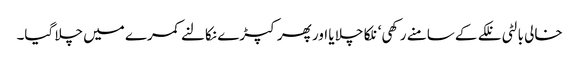
خالی بالٹی نلکے کے سامنے رکھی‘ نلکا چلا یا اور پھر کپڑے نکالنے کمرے میں چلا گیا۔